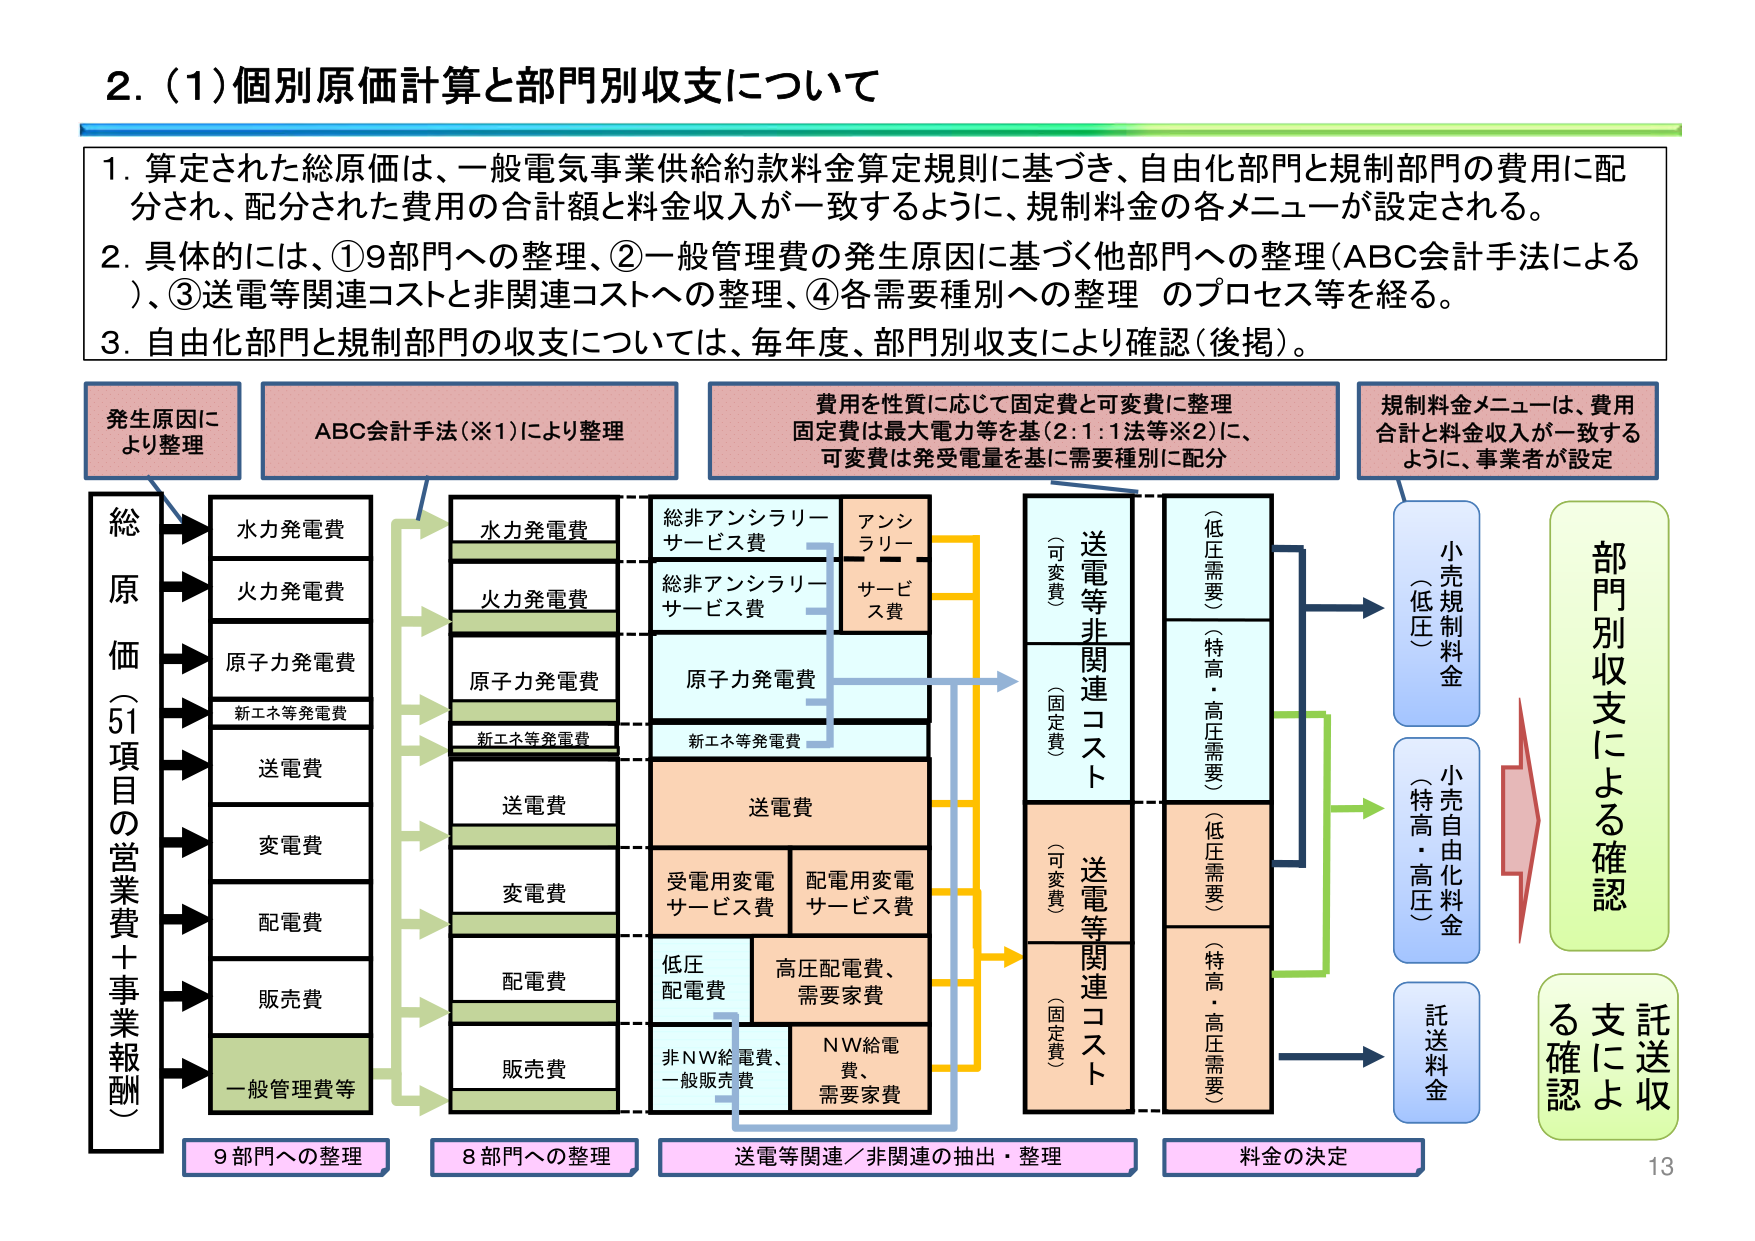
2. (1) 個別原価計算と部門別収支について

1. 算定された総原価は、一般電気事業供給約款料金算定規則に基づき、自由化部門と規制部門の費用に配分され、配分された費用の合計額と料金収入が一致するように、規制料金の各メニューが設定される。

2. 具体的には、①9部門への整理、②一般管理費の発生原因に基づく他部門への整理（ABC会計手法による）、③送電等関連コストと非関連コストへの整理、④各需要種別への整理 のプロセス等を経る。

3. 自由化部門と規制部門の収支については、毎年度、部門別収支により確認（後掲）。

発生原因により整理
ABC会計手法（※1）により整理
費用を性質に応じて固定費と可変費に整理
固定費は最大電力等を基（2:1:1法等※2）に、
可変費は発受電量を基に需要種別に配分
規制料金メニューは、費用
合計と料金収入が一致する
ように、事業者が設定

総原価（51項目の営業費＋事業報酬）
→ 水力発電費
→ 火力発電費
→ 原子力発電費
→ 新エネ等発電費
→ 送電費
→ 変電費
→ 配電費
→ 販売費
→ 一般管理費等

9部門への整理
8部門への整理
送電等関連／非関連の抽出・整理
料金の決定

水力発電費
火力発電費
原子力発電費
新エネ等発電費
送電費
変電費
配電費
販売費
一般管理費等

総非アンシラリーサービス費
総非アンシラリーサービス費
原子力発電費
新エネ等発電費
送電費
受電用変電サービス費
配電用変電サービス費
低圧配電費
高圧配電費、需要家費
非NW給電費、一般販売費
NW給電費、需要家費

アンシラリーサービス費

（可変費）送電等非関連コスト
（固定費）送電等非関連コスト
（可変費）送電等関連コスト
（固定費）送電等関連コスト

（低圧需要）
（特高・高圧需要）
（低圧需要）
（特高・高圧需要）

小売規制料金（低圧）
小売自由化料金（特高・高圧）
託送料金

部門別収支による確認
託送収支による確認

13